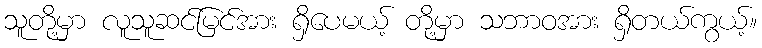
သူတို့မှာ လူသူဆင်မြင်အား ရှိပေမယ့် တို့မှာ သဘာဝအား ရှိတယ်ကွယ့်။